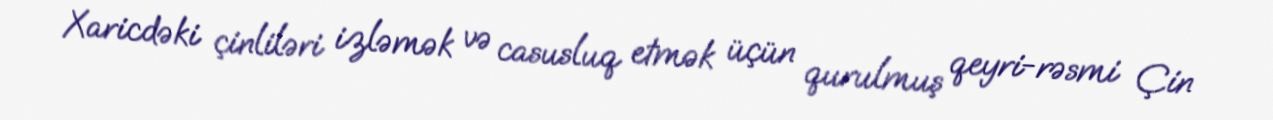
Xaricdəki çinliləri izləmək və casusluq etmək üçün qurulmuş qeyri-rəsmi Çin